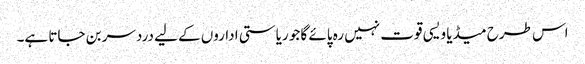
اس طرح میڈیا ویسی قوت نہیں رہ پائے گا جو ریاستی اداروں کے لیے دردسر بن جاتا ہے۔